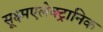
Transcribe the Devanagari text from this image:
सूक्ष्मएलेक्ट्रानिक